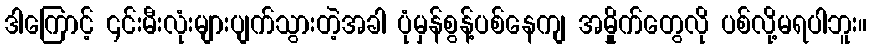
ဒါကြောင့် ၎င်းမီးလုံးများပျက်သွားတဲ့အခါ ပုံမှန်စွန့်ပစ်နေကျ အမှိုုက်တွေလို ပစ်လို့မရပါဘူး။